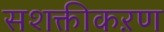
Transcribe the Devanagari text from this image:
सशक्तीकऱण